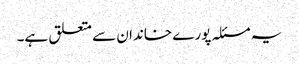
یہ مسئلہ پورے خاندان سے متعلق ہے۔